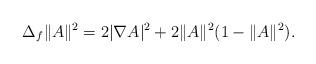
LaTeX: \begin{align*}\Delta_f \|A\|^2=2|\nabla A|^2+2\|A\|^2(1-\|A\|^2).\end{align*}